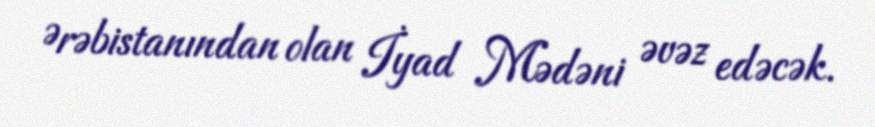
Ərəbistanından olan İyad Mədəni əvəz edəcək.